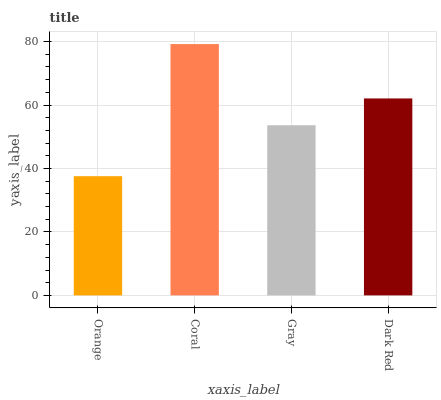
| xaxis_label | bars |
 | --- | --- |
 | Orange | 37.6 |
 | Coral | 79.2 |
 | Gray | 53.6 |
 | Dark Red | 62.1 |